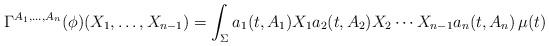
LaTeX: \begin{align*}\Gamma^{A_1,\ldots,A_n}(\phi)(X_1,\ldots,X_{n-1}) =\int_{\Sigma} a_1(t,A_1)X_1 a_2(t,A_2)X_2\cdots X_{n-1}a_n(t,A_n)\, \mu(t)\end{align*}